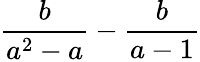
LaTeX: \frac{b}{a^{2}-a}-\frac{b}{a-1}